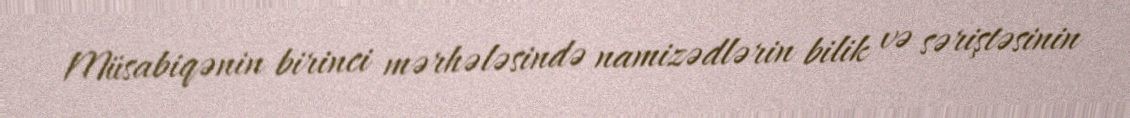
Müsabiqənin birinci mərhələsində namizədlərin bilik və səriştəsinin